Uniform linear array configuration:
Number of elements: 8
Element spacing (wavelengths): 0.75
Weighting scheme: hann
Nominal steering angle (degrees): -30
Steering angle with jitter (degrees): -30.224
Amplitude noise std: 0.05
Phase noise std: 0.05

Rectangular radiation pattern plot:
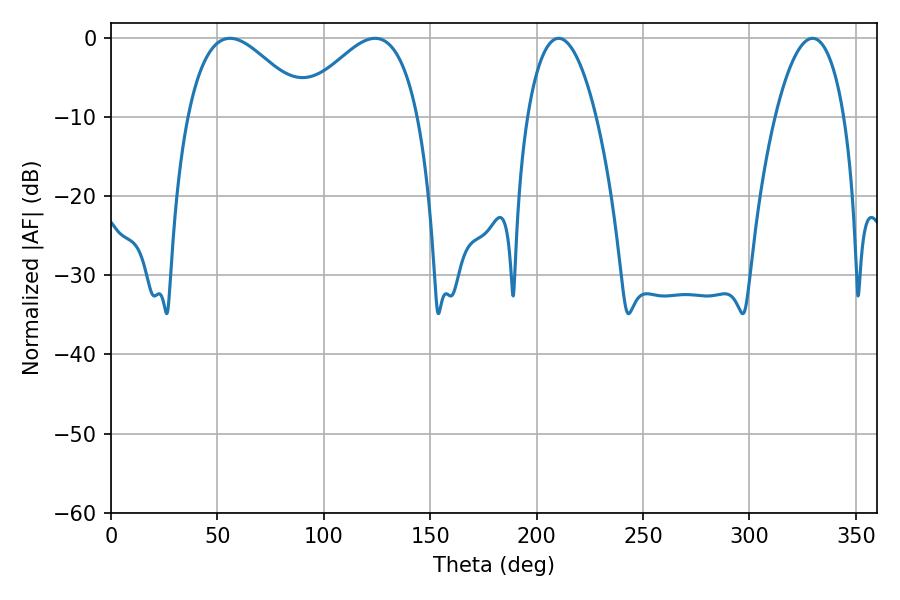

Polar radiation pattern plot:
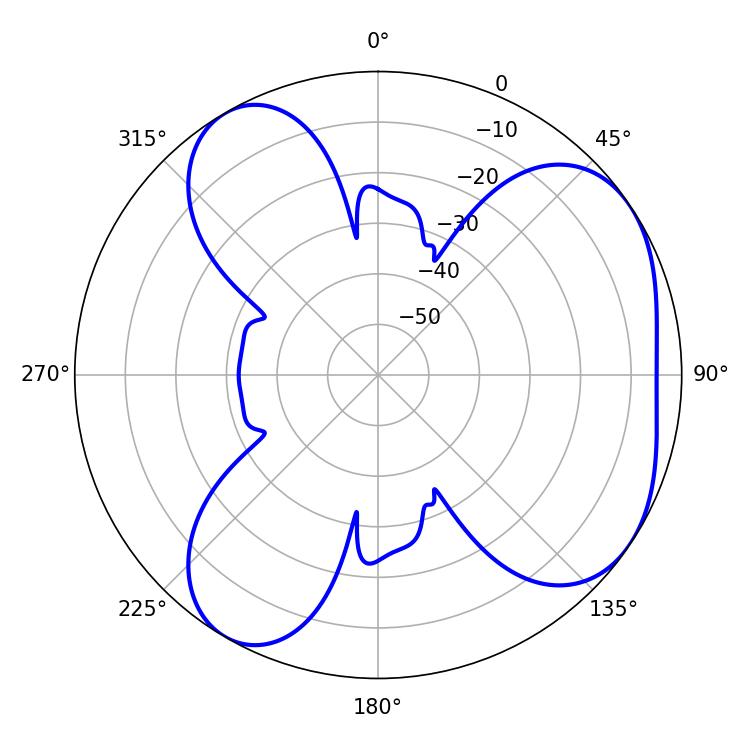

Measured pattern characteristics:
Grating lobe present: TRUE
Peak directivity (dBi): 4.995
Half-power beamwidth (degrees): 30.6
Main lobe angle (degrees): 55.98